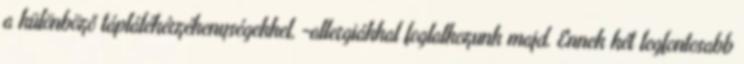
a különböző táplálékérzékenységekkel, -allergiákkal foglalkozunk majd. Ennek két legfontosabb